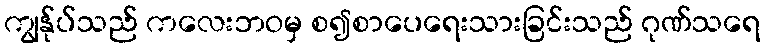
ကျွန်ုပ်သည် ကလေးဘဝမှ စ၍စာပေရေးသားခြင်းသည် ဂုဏ်သရေ